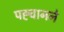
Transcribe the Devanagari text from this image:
पह्चानने